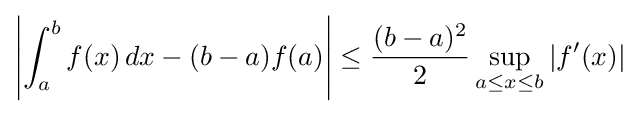
\left|\int _{a}^{b}f(x)\,dx-(b-a)f(a)\right|\leq {(b-a)^{2} \over 2}\sup _{a\leq x\leq b}\left|f'(x)\right|